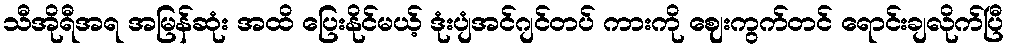
သီအိုရီအရ အမြန်ဆုံး အထိ ပြေးနိုင်မယ့် ဒုံးပျံအင်ဂျင်တပ် ကားကို ဈေးကွက်တင် ရောင်းချလိုက်ပြီ